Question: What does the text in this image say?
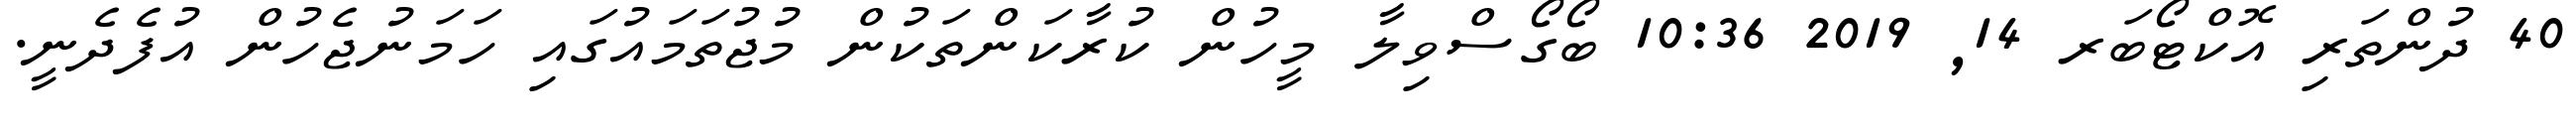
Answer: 40 ދުންތަރި އޮކްޓޯބަރ 14, 2019 10:36 ބޯގޯސްވިލާ މީހުން ކުރާކަންތަކުން މުޖުތަމައުގައި ހަމަނުޖެހުން އުފެދެނީ.